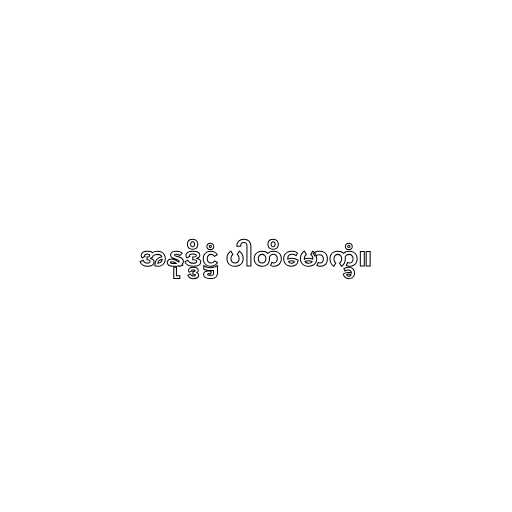
အနုဒ္ဒိဋ္ဌံ ပါတိမောက္ခံ။